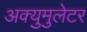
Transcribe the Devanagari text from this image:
अक्युमुलेटर